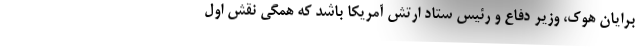
برایان هوک، وزیر دفاع و رئیس ستاد ارتش آمریکا باشد که همگی نقش اول